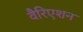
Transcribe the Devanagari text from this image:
वैरिएशन